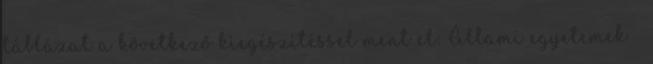
táblázat a következő kiegészítéssel ment el: Állami egyetemek